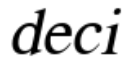
deci